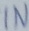
Text: IN